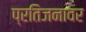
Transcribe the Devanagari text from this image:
प्रतिजनावर